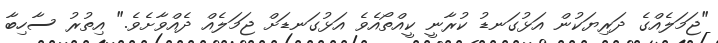
"ޖަމަލެއްގެ ދަރިޔަކުން އަޅުގަނޑު ކުރާނީ ކީއްތޯއެވެ އަޅުގަނޑަށް ޖަމަލެއް ދެއްވާށެވެ." އިތުރު ސާހިބާ